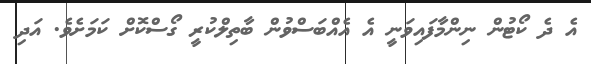
އެ ދެ ކޯޓުން ނިންމާފައިވަނީ އެ އެއްބަސްވުން ބާތިލްކުރީ ގޯސްކޮށް ކަމަށެވެ. އަދި